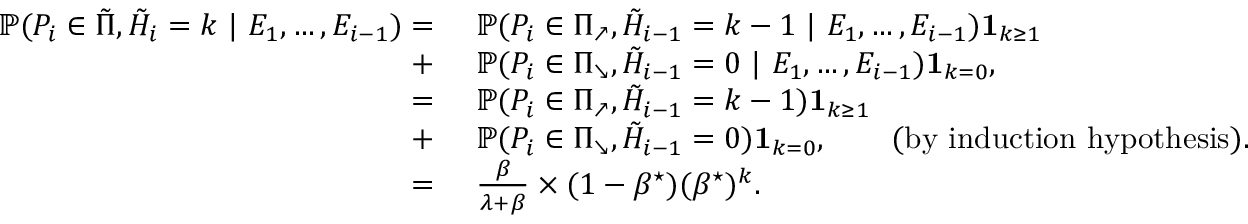
\begin{array} { r l } { \mathbb { P } ( P _ { i } \in \tilde { \Pi } , \tilde { H } _ { i } = k \ | \ E _ { 1 } , \dots , E _ { i - 1 } ) = } & { \ \mathbb { P } ( P _ { i } \in \Pi _ { \nearrow } , \tilde { H } _ { i - 1 } = k - 1 \ | \ E _ { 1 } , \dots , E _ { i - 1 } ) \mathbf { 1 } _ { k \geq 1 } } \\ { + } & { \ \mathbb { P } ( P _ { i } \in \Pi _ { \searrow } , \tilde { H } _ { i - 1 } = 0 \ | \ E _ { 1 } , \dots , E _ { i - 1 } ) \mathbf { 1 } _ { k = 0 } , } \\ { = } & { \ \mathbb { P } ( P _ { i } \in \Pi _ { \nearrow } , \tilde { H } _ { i - 1 } = k - 1 ) \mathbf { 1 } _ { k \geq 1 } } \\ { + } & { \ \mathbb { P } ( P _ { i } \in \Pi _ { \searrow } , \tilde { H } _ { i - 1 } = 0 ) \mathbf { 1 } _ { k = 0 } , \qquad \mathrm { ( b y ~ i n d u c t i o n ~ h y p o t h e s i s ) . } } \\ { = } & { \ \frac { \beta } { \lambda + \beta } \times ( 1 - \beta ^ { \star } ) ( \beta ^ { \star } ) ^ { k } . } \end{array}